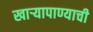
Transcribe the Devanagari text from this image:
खाऱ्यापाण्याची